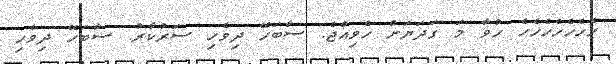
ހެހެހެހެހެހެހެެ ހުވާ މަ ގަދަޔަށް ހެވިއްޖެ. ސާބަހޭ ދިވެހި ސަރުކާރު. ސާބަހޭ ދިވެހި